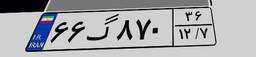
۸۱گ۲۴۹۲۰